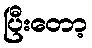
ပြီးတော့